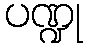
ပဏ္ဍု